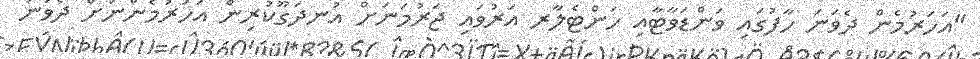
"އަހަރުމެން ދެވަނަ ހާފުގައި ވަންޑަވާޓާއި ހަންޓެލާރ އަރުވައި ޖަރުމަނަށް އުނދަގޫކުރިން އަހަރުމެންނަށް ދެވަނަ